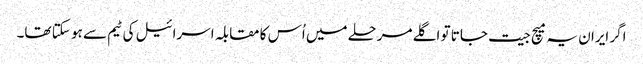
اگر ایران یہ میچ جیت جاتا تو اگلے مرحلے میں اُس کا مقابلہ اسرائیل کی ٹیم سے ہو سکتا تھا۔